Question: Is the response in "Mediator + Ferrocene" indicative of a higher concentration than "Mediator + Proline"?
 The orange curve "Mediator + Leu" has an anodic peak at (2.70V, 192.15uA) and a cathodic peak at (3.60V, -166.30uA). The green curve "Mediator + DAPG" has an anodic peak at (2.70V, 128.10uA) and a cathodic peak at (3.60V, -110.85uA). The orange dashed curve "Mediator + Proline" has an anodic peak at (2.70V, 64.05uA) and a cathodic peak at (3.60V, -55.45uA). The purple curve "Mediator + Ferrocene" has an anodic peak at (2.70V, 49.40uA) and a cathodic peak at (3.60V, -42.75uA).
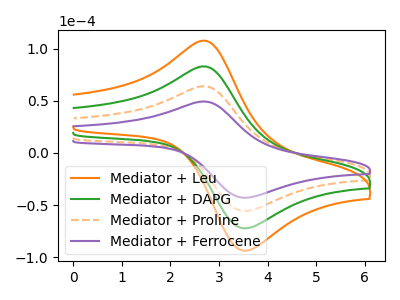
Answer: <think>All the peaks in "Mediator + Ferrocene" have a peak in "Mediator + Proline" at the same potential. Every peak in "Mediator + Ferrocene" is lower than every peak in "Mediator + Proline".
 </think>
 <answer>"Mediator + Ferrocene" has less signal than "Mediator + Proline".</answer>
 <eval>less_signal</eval>